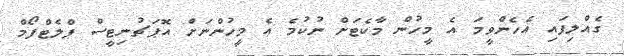
ގެއްލިފައި އެހެންވީމަ އެ މީހުން މާކެޓަށް ނުކުމެ އެ މީހުންނަށް އޮޕަޗުނިޓީސް ޕްލެޓްފޯމް